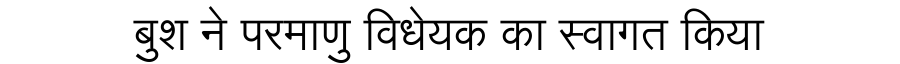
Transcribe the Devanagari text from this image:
बुश ने परमाणु विधेयक का स्वागत किया